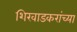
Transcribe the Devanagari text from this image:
शिरवाडकरांच्या